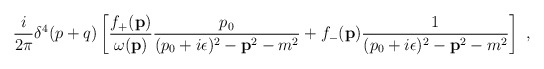
\begin{align*}\frac{i}{2\pi} \delta^4 (p+q) \left[ \frac{f_+ ({\bf p})}{\omega ({\bf p})}\frac{p_0}{(p_0 + i\epsilon)^2 - {\bf p}^2 - m^2} + f_- ({\bf p})\frac{1}{(p_0 + i\epsilon)^2 - {\bf p}^2 - m^2} \right] \ ,\end{align*}